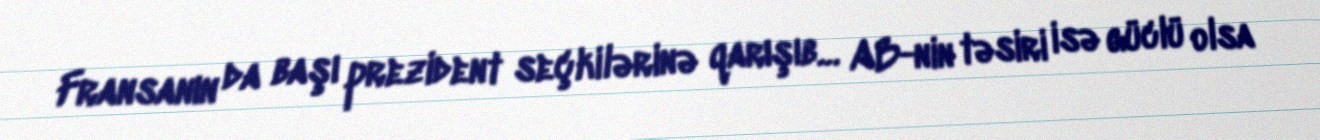
Fransanın da başı prezident seçkilərinə qarışıb… AB-nin təsiri isə güclü olsa